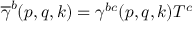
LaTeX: \overline { { { \gamma } } } ^ { b } ( p , q , k ) = \gamma ^ { b c } ( p , q , k ) T ^ { c }